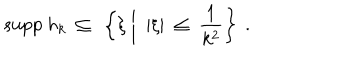
\mathrm { s u p p } \ h _ { k } \ \subseteq \ \left\{ \xi \biggm | \ | \xi | \ \leq \ \frac { 1 } { k ^ { 2 } } \right\} \ .